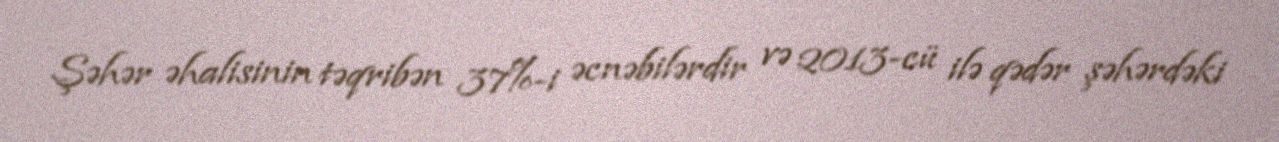
Şəhər əhalisinin təqribən 37%-i əcnəbilərdir və 2013-cü ilə qədər şəhərdəki